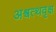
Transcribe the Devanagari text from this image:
अश्वत्थवृक्ष